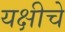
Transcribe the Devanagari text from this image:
यक्षीचे